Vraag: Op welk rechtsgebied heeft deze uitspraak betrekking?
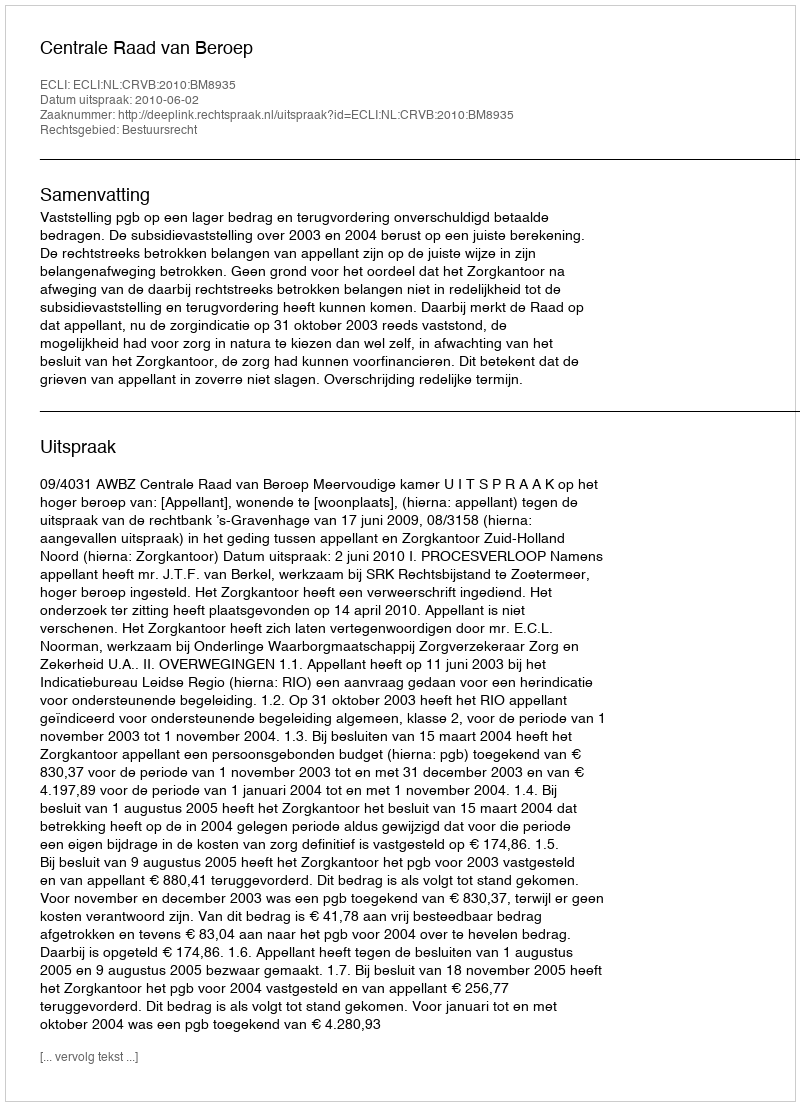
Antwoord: Bestuursrecht